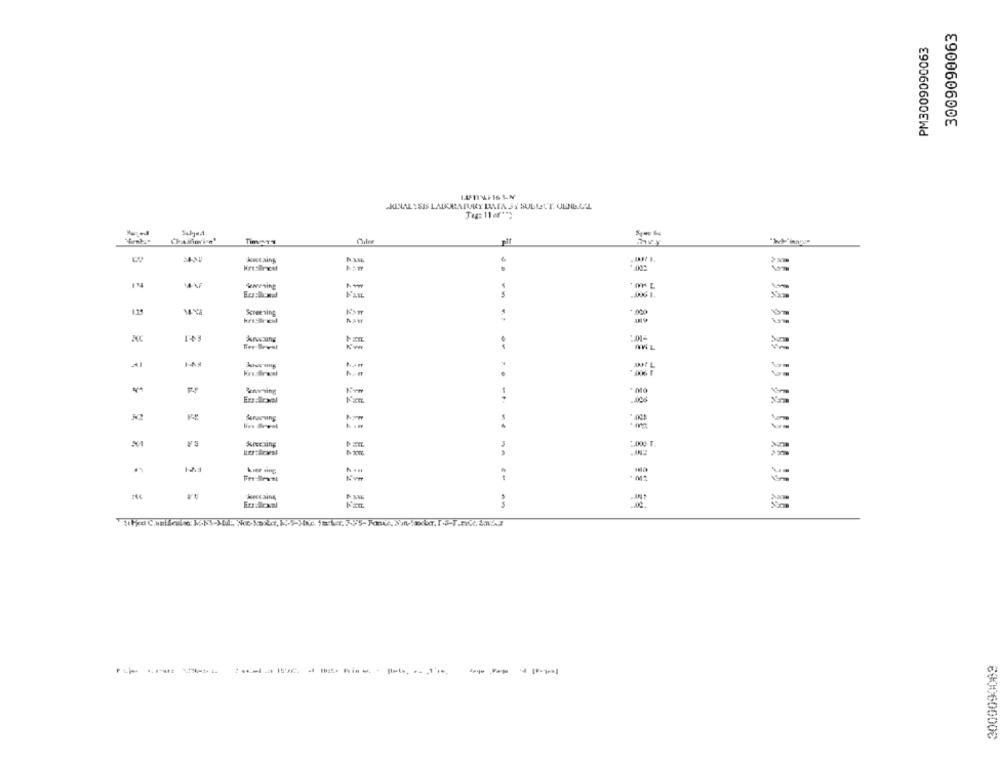
3009090063
PM3009090063
SKINAL : SIS LADURATURY DATA JI SULLETT. ULNI.LCL
Tag: 11er ***
kece.sing
Asn
5
1.25
Screening
ASW
*, 006 F
krarving
Krecsing
2.000 T.
12.1
Here aing
Eudoxal
-----------
--- -----
6000600006